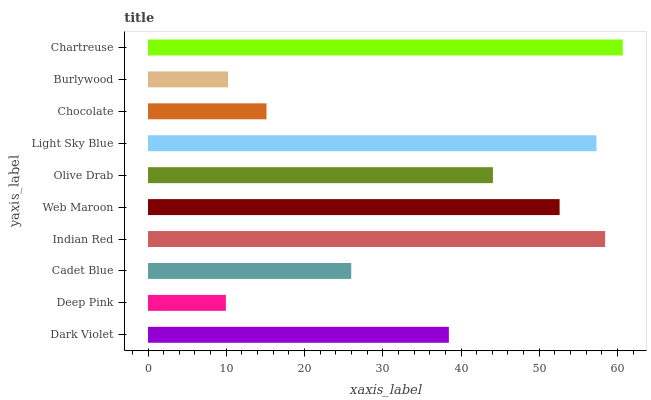
| yaxis_label | bars |
 | --- | --- |
 | Dark Violet | 38.4 |
 | Deep Pink | 9.95 |
 | Cadet Blue | 26 |
 | Indian Red | 58.4 |
 | Web Maroon | 52.6 |
 | Olive Drab | 44.1 |
 | Light Sky Blue | 57.3 |
 | Chocolate | 15.1 |
 | Burlywood | 10.2 |
 | Chartreuse | 60.7 |